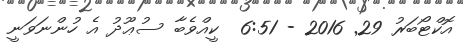
އޮކްޓޯބަރު 29